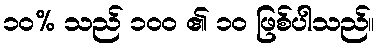
၁၀% သည် ၁၀၀ ၏ ၁၀ ဖြစ်ပါသည်။